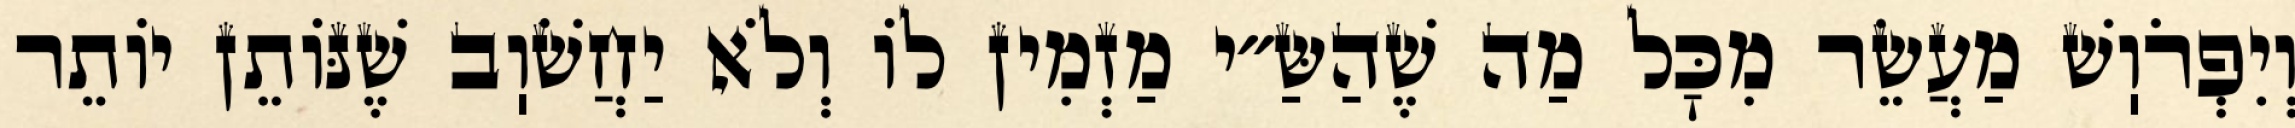
וְיִפְרֹוֽשׁ מַעֲשֵׂר מִכׇּל מַה שֶׁהַשַּ״י מַזְמִין לוֹ וְלֹא יַחֲשֹׁוֽב שֶׁנּוֹתֵן יוֹתֵר